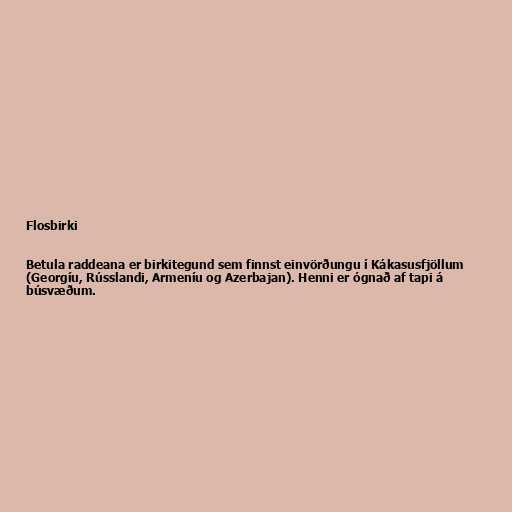
Flosbirki

Betula raddeana er birkitegund sem finnst einvörðungu í Kákasusfjöllum
(Georgíu, Rússlandi, Armeníu og Azerbajan). Henni er ógnað af tapi á
búsvæðum.